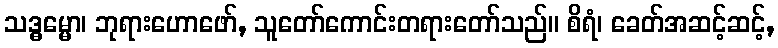
သဒ္ဓမ္မော၊ ဘုရားဟောဖော်, သူတော်ကောင်းတရားတော်သည်။ စိရံ၊ ခေတ်အဆင့်ဆင့်,